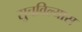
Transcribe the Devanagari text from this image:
सुचविल्यास